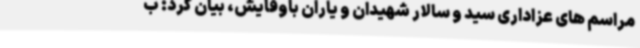
مراسم های عزاداری سید و سالار شهیدان و یاران باوفایش، بیان کرد: ب